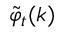
\tilde { \varphi } _ { t } ( k )